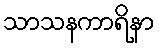
သာသနကာရိနာ